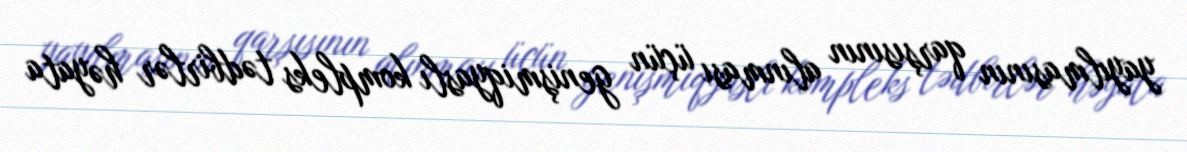
yayılmasının qarşısının alınması üçün genişmiqyaslı kompleks tədbirlər həyata